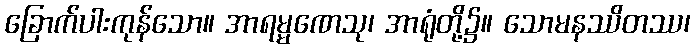
ခြောက်ပါးကုန်သော။ အာရမ္မဏေသု၊ အာရုံတို့၌။ သောမနဿိတဿ၊